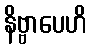
နိဗ္ဗာပေဟိ